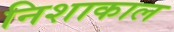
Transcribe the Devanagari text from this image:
निशाकाल